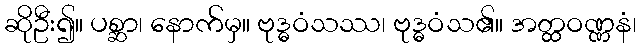
ဆိုဦး၍။ ပစ္ဆာ၊ နောက်မှ။ ဗုဒ္ဓဝံသဿ၊ ဗုဒ္ဓဝံသ၏။ အတ္ထဝဏ္ဏနံ၊